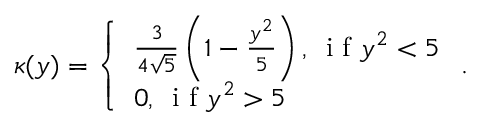
\begin{array} { r } { \kappa ( y ) = \left\{ \begin{array} { l l } { \frac { 3 } { 4 \sqrt { 5 } } \left( 1 - \frac { y ^ { 2 } } { 5 } \right) , \, \mathrm { ~ i ~ f ~ } y ^ { 2 } < 5 } \\ { 0 , \, \mathrm { ~ i ~ f ~ } y ^ { 2 } > 5 } \end{array} \right. . } \end{array}